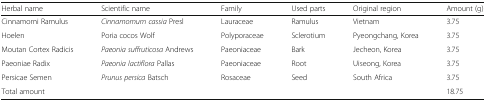
| Herbal name | Scientific name | Family | Used parts | Original region | Amount (g) |
 | --- | --- | --- | --- | --- | --- |
 | Cinnamomi Ramulus | Cinnamomum cassia Presl | Lauraceae | Ramulus | Vietnam | 3.75 |
 | Hoelen | Poria cocos Wolf | Polyporaceae | Sclerotium | Pyeongchang, Korea | 3.75 |
 | Moutan Cortex Radicis | Paeonia suffruticosa Andrews | Paeoniaceae | Bark | Jecheon, Korea | 3.75 |
 | Paeoniae Radix | Paeonia lactiflora Pallas | Paeoniaceae | Root | Uiseong, Korea | 3.75 |
 | Persicae Semen | Prunus persica Batsch | Rosaceae | Seed | South Africa | 3.75 |
 | Total amount |  |  |  |  | 18.75 |